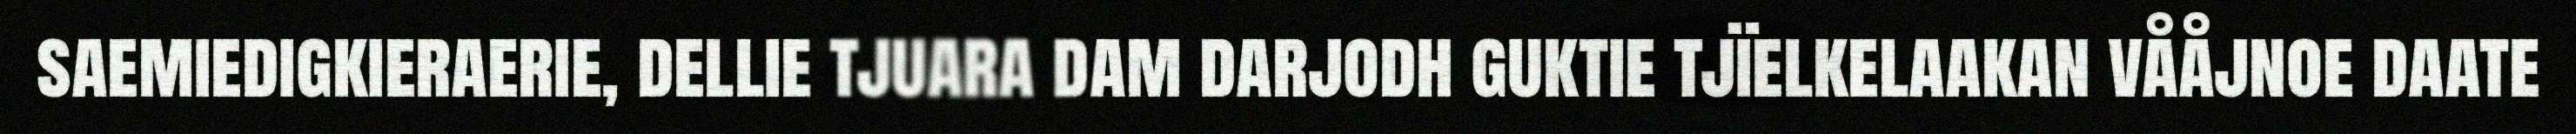
saemiedigkieraerie, dellie tjuara dam darjodh guktie tjïelkelaakan vååjnoe daate